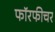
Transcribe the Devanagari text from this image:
फॉरफीचर